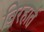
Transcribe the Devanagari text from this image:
विरहार्त